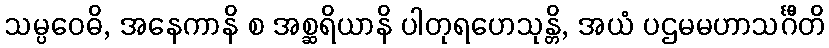
သမ္ပဝေဓိ, အနေကာနိ စ အစ္ဆရိယာနိ ပါတုရဟေသုန္တိ, အယံ ပဌမမဟာသင်္ဂီတိ